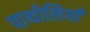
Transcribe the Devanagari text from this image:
पाथोलियाँ